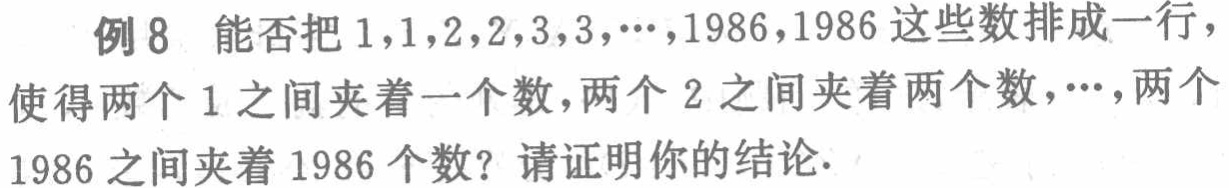
例 8 能否把 \(1,1,2,2,3,3,\cdots,1986,1986\) 这些数排成一行，使得两个 \(1\) 之间夹着一个数，两个 \(2\) 之间夹着两个数，\(\cdots\)，两个 \(1986\) 之间夹着 \(1986\) 个数？请证明你的结论.